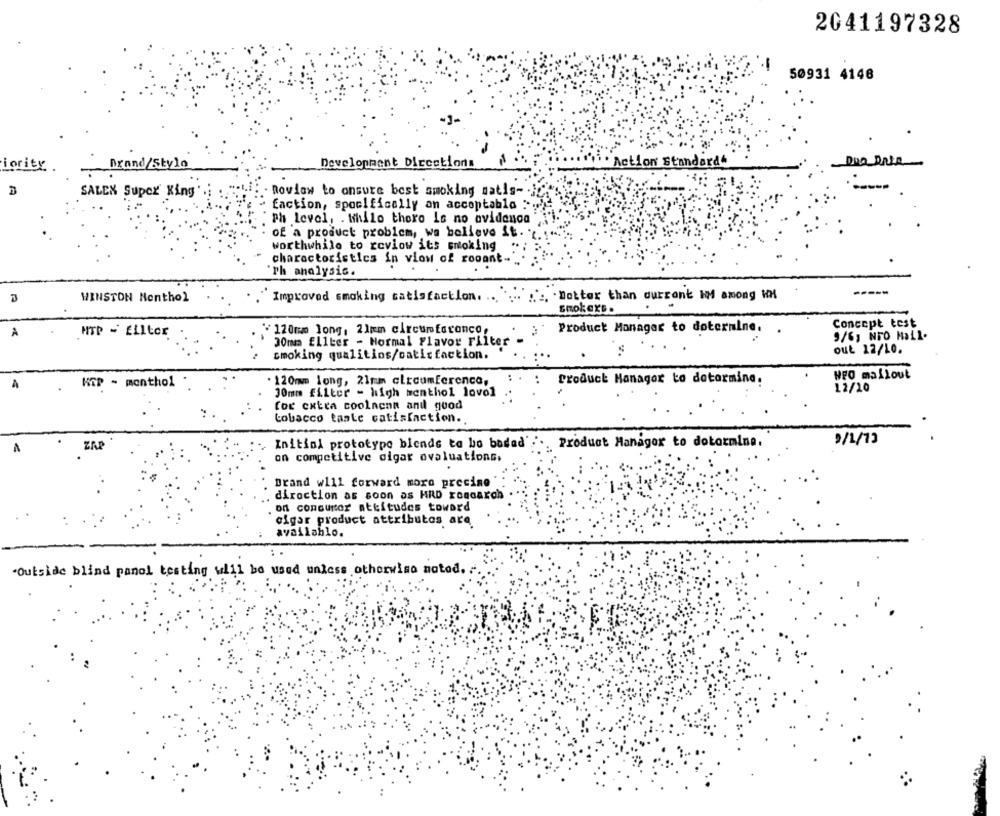
2041197328
50931 4146
Development Directions
iority
Brand/Stylo
Action Standards
SALEN Super King
noviaw to onsure best smoking satis -.
faction, specifically an acceptable .;
ph level, . Mihilo there is no ovidenon
of a product problem, we believe it. .
worthwhile to revlow its smoking ..
characteristics in vio of rooant-
Th analysis.
WINSTON Nenthol
Improved smoking satisfaction ..... : Dotter than current IM among W
smokexs .
Concept test
HTP - ELIter
"120mm long, 21mm circumfotonco,
Product Manager to dotermine.
9/6, NFO MaLl.
30mm Ellter - Normal Flavor Filter
out 12/10.
smoking qualitios/satisfaction.
NFO mailout
KOP - monthol
120mm long, 21tun circumference,
product Manager to determine.
30mm filter - high menthol lovol
12/10
for extra coolnenn and good
tobacco taste catisfaction.
9/1/13
.
ZAP
Initial prototype blends ta bo badad':
Product Manager to dotormine.
on competitive digar ovaluations,
Brand will forward more precise "
.. direction as soon as HRD rogcarch
. on consumer attitudes toward
cigar product attributes are
available.
*Outside blind panel testing will be used unless otherwise noted.